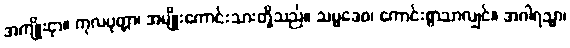
အကျိုးငှာ။ ကုလပုတ္တာ၊ အမျိုးကောင်းသားတို့သည်။ သမ္မဒေဝ၊ ကောင်းစွာသာလျှင်။ အဂါရသ္မာ၊